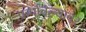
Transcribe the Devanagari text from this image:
फर्मावल्यावर